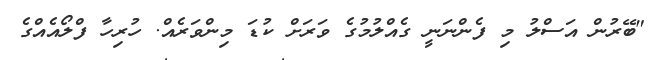
"ބޭރުން އަސްލު މި ފެންނަނީ ގެއްލުމުގެ ވަރަށް ކުޑަ މިންވަރެއް. ހުރިހާ ފްލޯއެއްގެ